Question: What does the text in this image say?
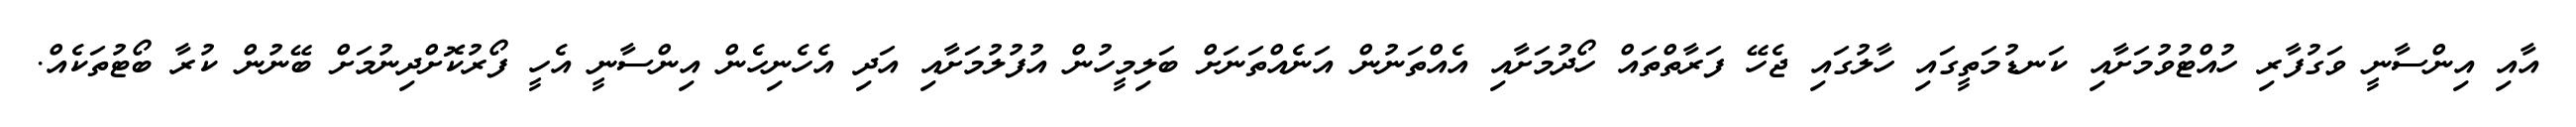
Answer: އާއި އިންސާނީ ވަގުފާރި ހުއްޓުވުމަށާއި ކަނޑުމަތީގައި ހާލުގައި ޖެހޭ ފަރާތްތައް ހޯދުމަށާއި އެއްތަނުން އަނެއްތަނަށް ބަލިމީހުން އުފުލުމަށާއި އަދި އެހެނިހެން އިންސާނީ އެހީ ފޯރުކޮށްދިނުމަށް ބޭނުން ކުރާ ބޯޓުތަކެއް.